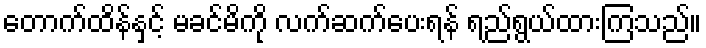
တောက်ထိန်နှင့် မခင်မိကို လက်ဆက်ပေးရန် ရည်ရွယ်ထားကြသည်။